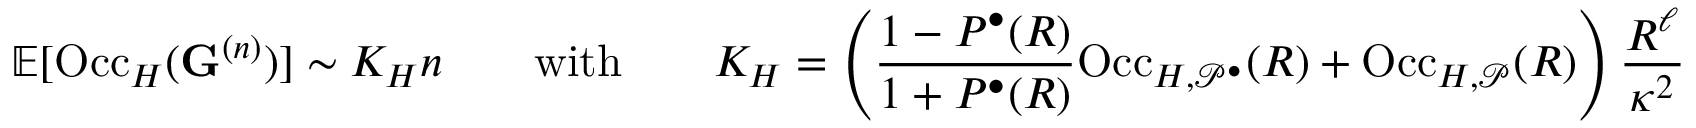
\mathbb { E } [ \mathrm { O c c } _ { H } ( \mathbf { G } ^ { ( n ) } ) ] \sim K _ { H } n \qquad \mathrm { w i t h } \qquad K _ { H } = \left( \frac { 1 - P ^ { \bullet } ( R ) } { 1 + P ^ { \bullet } ( R ) } \mathrm { O c c } _ { H , \mathcal { P } ^ { \bullet } } ( R ) + \mathrm { O c c } _ { H , \mathcal { P } } ( R ) \right) \frac { R ^ { \ell } } { \kappa ^ { 2 } }